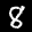
Label: 8